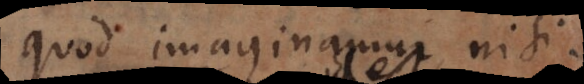
quod imaginamur, nisi